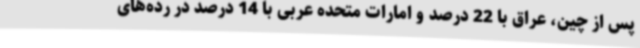
پس از چین، عراق با 22 درصد و امارات متحده عربی با 14 درصد در رده‌های